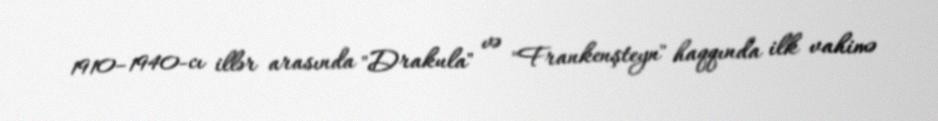
1910–1940-cı illər arasında "Drakula" və "Frankenşteyn" haqqında ilk vahimə